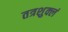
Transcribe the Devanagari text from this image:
तत्रशुक्लं